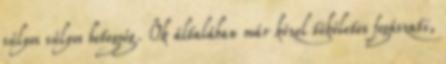
súlyos súlyos betegség. Ők általában már közel tökéletes fogászati,